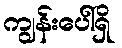
ကျွန်းပေါ်ရှိ